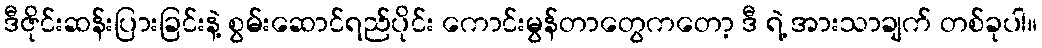
ဒီဇိုင်းဆန်းပြားခြင်းနဲ့ စွမ်းဆောင်ရည်ပိုင်း ကောင်းမွန်တာတွေကတော့ ဒီ ရဲ့ အားသာချက် တစ်ခုပါ။